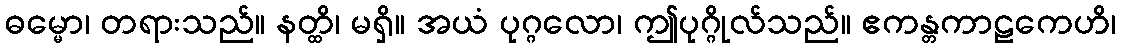
ဓမ္မော၊ တရားသည်။ နတ္ထိ၊ မရှိ။ အယံ ပုဂ္ဂလော၊ ဤပုဂ္ဂိုလ်သည်။ ဧကန္တကာဠကေဟိ၊